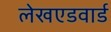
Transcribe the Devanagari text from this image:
लेखएडवार्ड